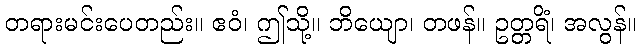
တရားမင်းပေတည်း။ ဧဝံ၊ ဤသို့။ ဘိယျော၊ တဖန်။ ဥတ္တရိံ၊ အလွန်။